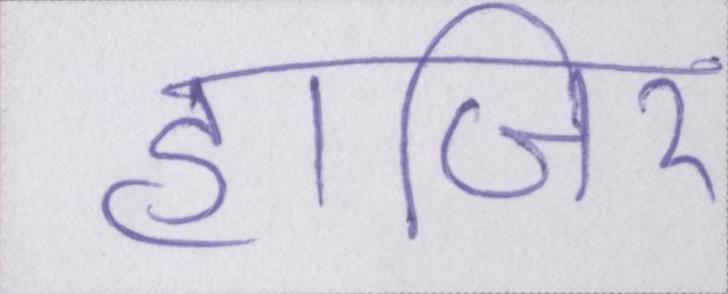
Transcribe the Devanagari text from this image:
हाजिर